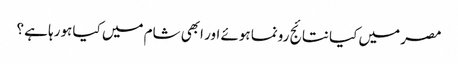
مصر میں کیا نتائج رونما ہوئے اور ابھی شام میں کیا ہورہا ہے ؟